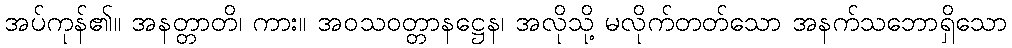
အပ်ကုန်၏။ အနတ္တာတိ၊ ကား။ အဝသဝတ္တာနဋ္ဌေန၊ အလိုသို့ မလိုက်တတ်သော အနက်သဘောရှိသော